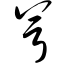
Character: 兮